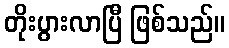
တိုးပွားလာပြီ ဖြစ်သည်။